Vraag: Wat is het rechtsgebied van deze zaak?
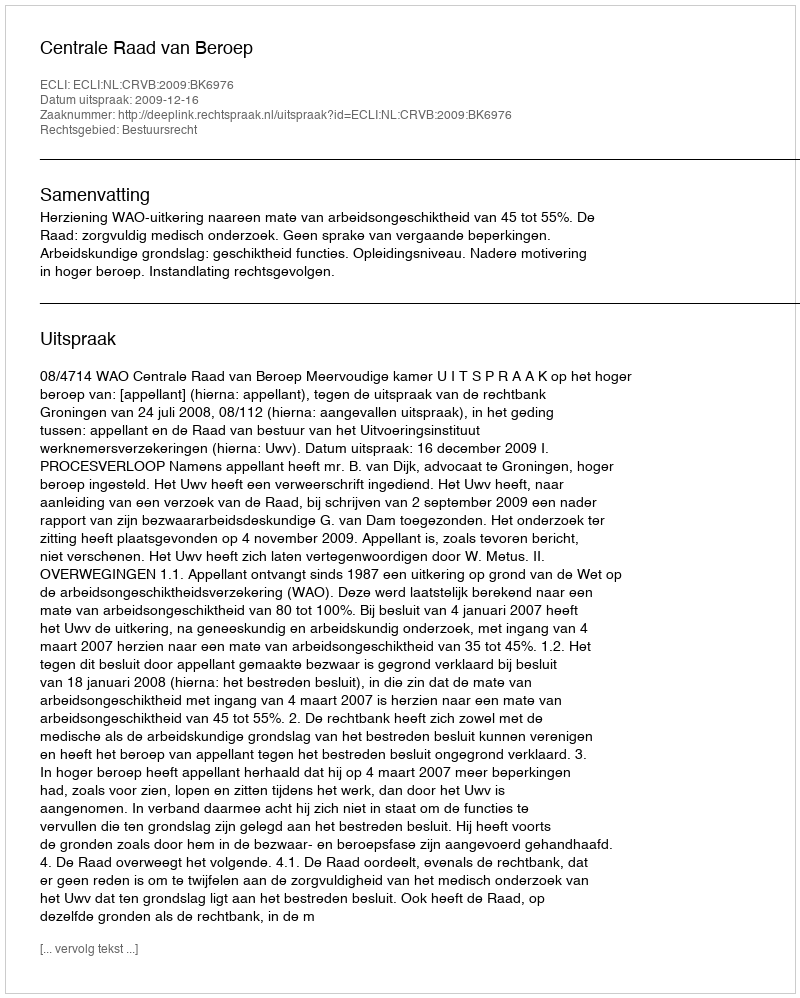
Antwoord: Bestuursrecht